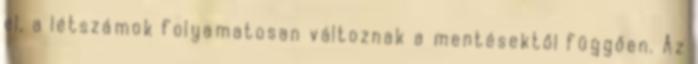
el, a létszámok folyamatosan változnak a mentésektől függően. Az